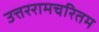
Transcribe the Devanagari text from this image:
उत्तररामचरितम